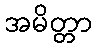
အမိတ္တာ